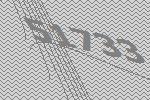
51733